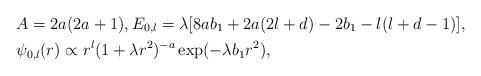
LaTeX: \begin{align*} & A = 2a(2a+1), E_{0,l} = \lambda[8ab_1 + 2a(2l+d) - 2b_1 - l(l+d-1)], \\ & \psi_{0,l}(r) \propto r^l (1+\lambda r^2)^{-a} \exp(-\lambda b_1 r^2), \end{align*}